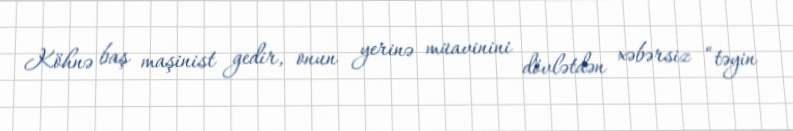
Köhnə baş maşinist gedir, onun yerinə müavinini dövlətdən xəbərsiz “təyin